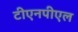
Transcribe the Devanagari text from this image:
टीएनपीएल